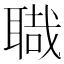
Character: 𦖱